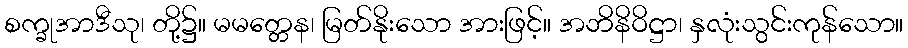
စက္ခုအာဒီသု၊ တို့၌။ မမတ္တေန၊ မြတ်နိုးသော အားဖြင့်။ အဘိနိဝိဋ္ဌာ၊ နှလုံးသွင်းကုန်သော။